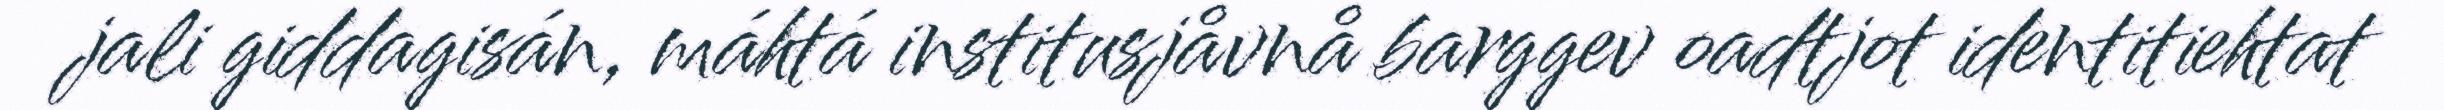
jali giddagisán, máhtá institusjåvnå barggev oadtjot identitiehtat